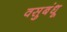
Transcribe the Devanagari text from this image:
वसुबंधू